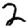
Digit: 2